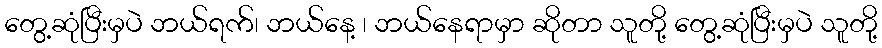
တွေ့ဆုံပြီးမှပဲ ဘယ်ရက်၊ ဘယ်နေ့ ၊ ဘယ်နေရာမှာ ဆိုတာ သူတို့ တွေ့ဆုံပြီးမှပဲ သူတို့